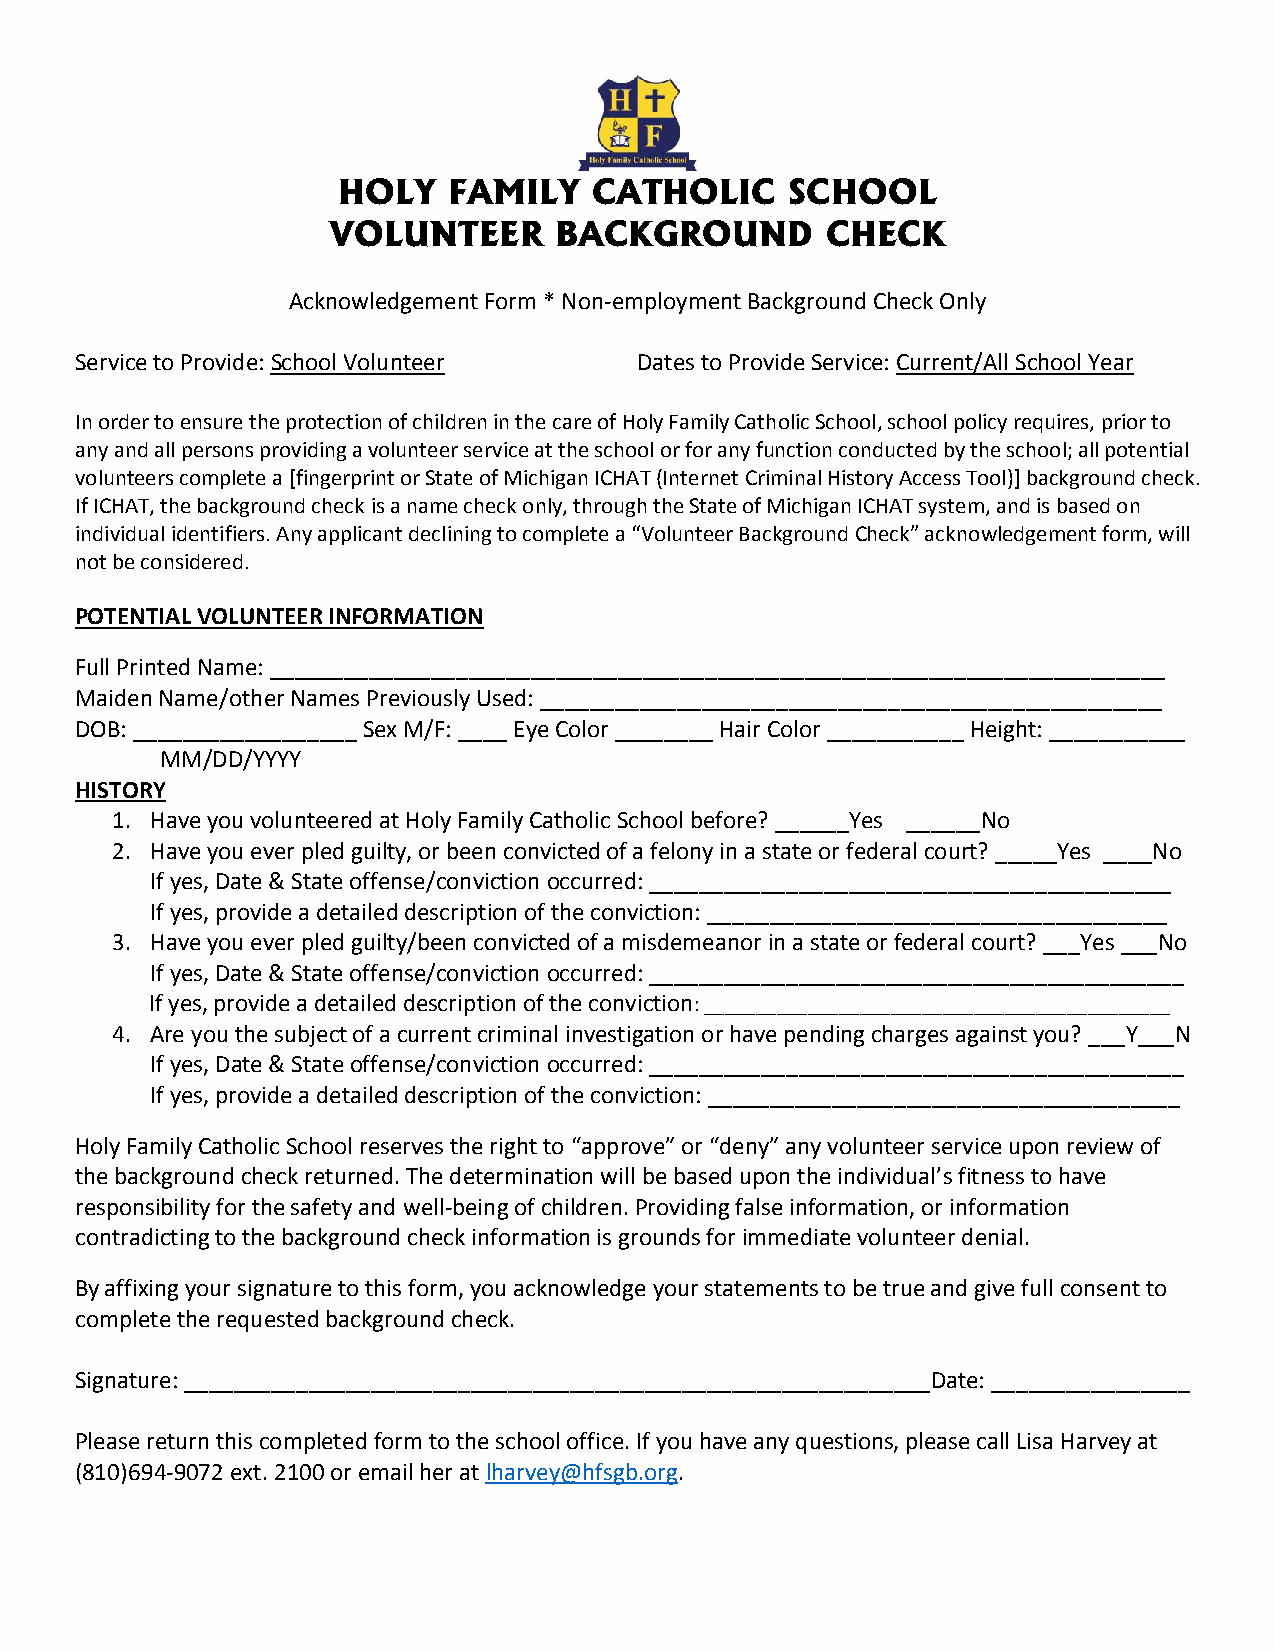
HOLY    FAMILY   CATHOLIC     SCHOOL
 VOLUNTEER      BACKGROUND        CHECK
 Acknowledgement Form * Non-employment Background Check Only
 Service to Provide: School Volunteer Dates to Provide Service: Current/All School Year
 In order to ensure the protection of children in the care of Holy Family Catholic School, school policy requires, prior to
 any and all persons providing a volunteer service at the school or for any function conducted by the school; all potential
 volunteers complete a [fingerprint or State of Michigan ICHAT (Internet Criminal History Access Tool)] background check.
 If ICHAT, the background check is a name check only, through the State of Michigan ICHAT system, and is based on
 individual identifiers. Any applicant declining to complete a “Volunteer Background Check” acknowledgement form, will
 not be considered.
 POTENTIAL VOLUNTEER INFORMATION
 Full Printed Name: ________________________________________________________________________
 Maiden Name/other Names Previously Used: __________________________________________________
 DOB: __________________ Sex M/F: ____ Eye Color ________ Hair Color ___________ Height: ___________
 MM/DD/YYYY
 HISTORY
 1. Have you volunteered at Holy Family Catholic School before? ______Yes ______No
 2. Have you ever pled guilty, or been convicted of a felony in a state or federal court? _____Yes ____No
 If yes, Date & State offense/conviction occurred: __________________________________________
 If yes, provide a detailed description of the conviction: _____________________________________
 3. Have you ever pled guilty/been convicted of a misdemeanor in a state or federal court? ___Yes ___No
 If yes, Date & State offense/conviction occurred: ___________________________________________
 If yes, provide a detailed description of the conviction: _____________________________________________
 4. Are you the subject of a current criminal investigation or have pending charges against you? ___Y___N
 If yes, Date & State offense/conviction occurred: ___________________________________________
 If yes, provide a detailed description of the conviction: ______________________________________
 Holy Family Catholic School reserves the right to “approve” or “deny” any volunteer service upon review of
 the background check returned. The determination will be based upon the individual’s fitness to have
 responsibility for the safety and well-being of children. Providing false information, or information
 contradicting to the background check information is grounds for immediate volunteer denial.
 By affixing your signature to this form, you acknowledge your statements to be true and give full consent to
 complete the requested background check.
 Signature: ____________________________________________________________Date: ________________
 Please return this completed form to the school office. If you have any questions, please call Lisa Harvey at
 (810)694-9072 ext. 2100 or email her at lharvey@hfsgb.org.